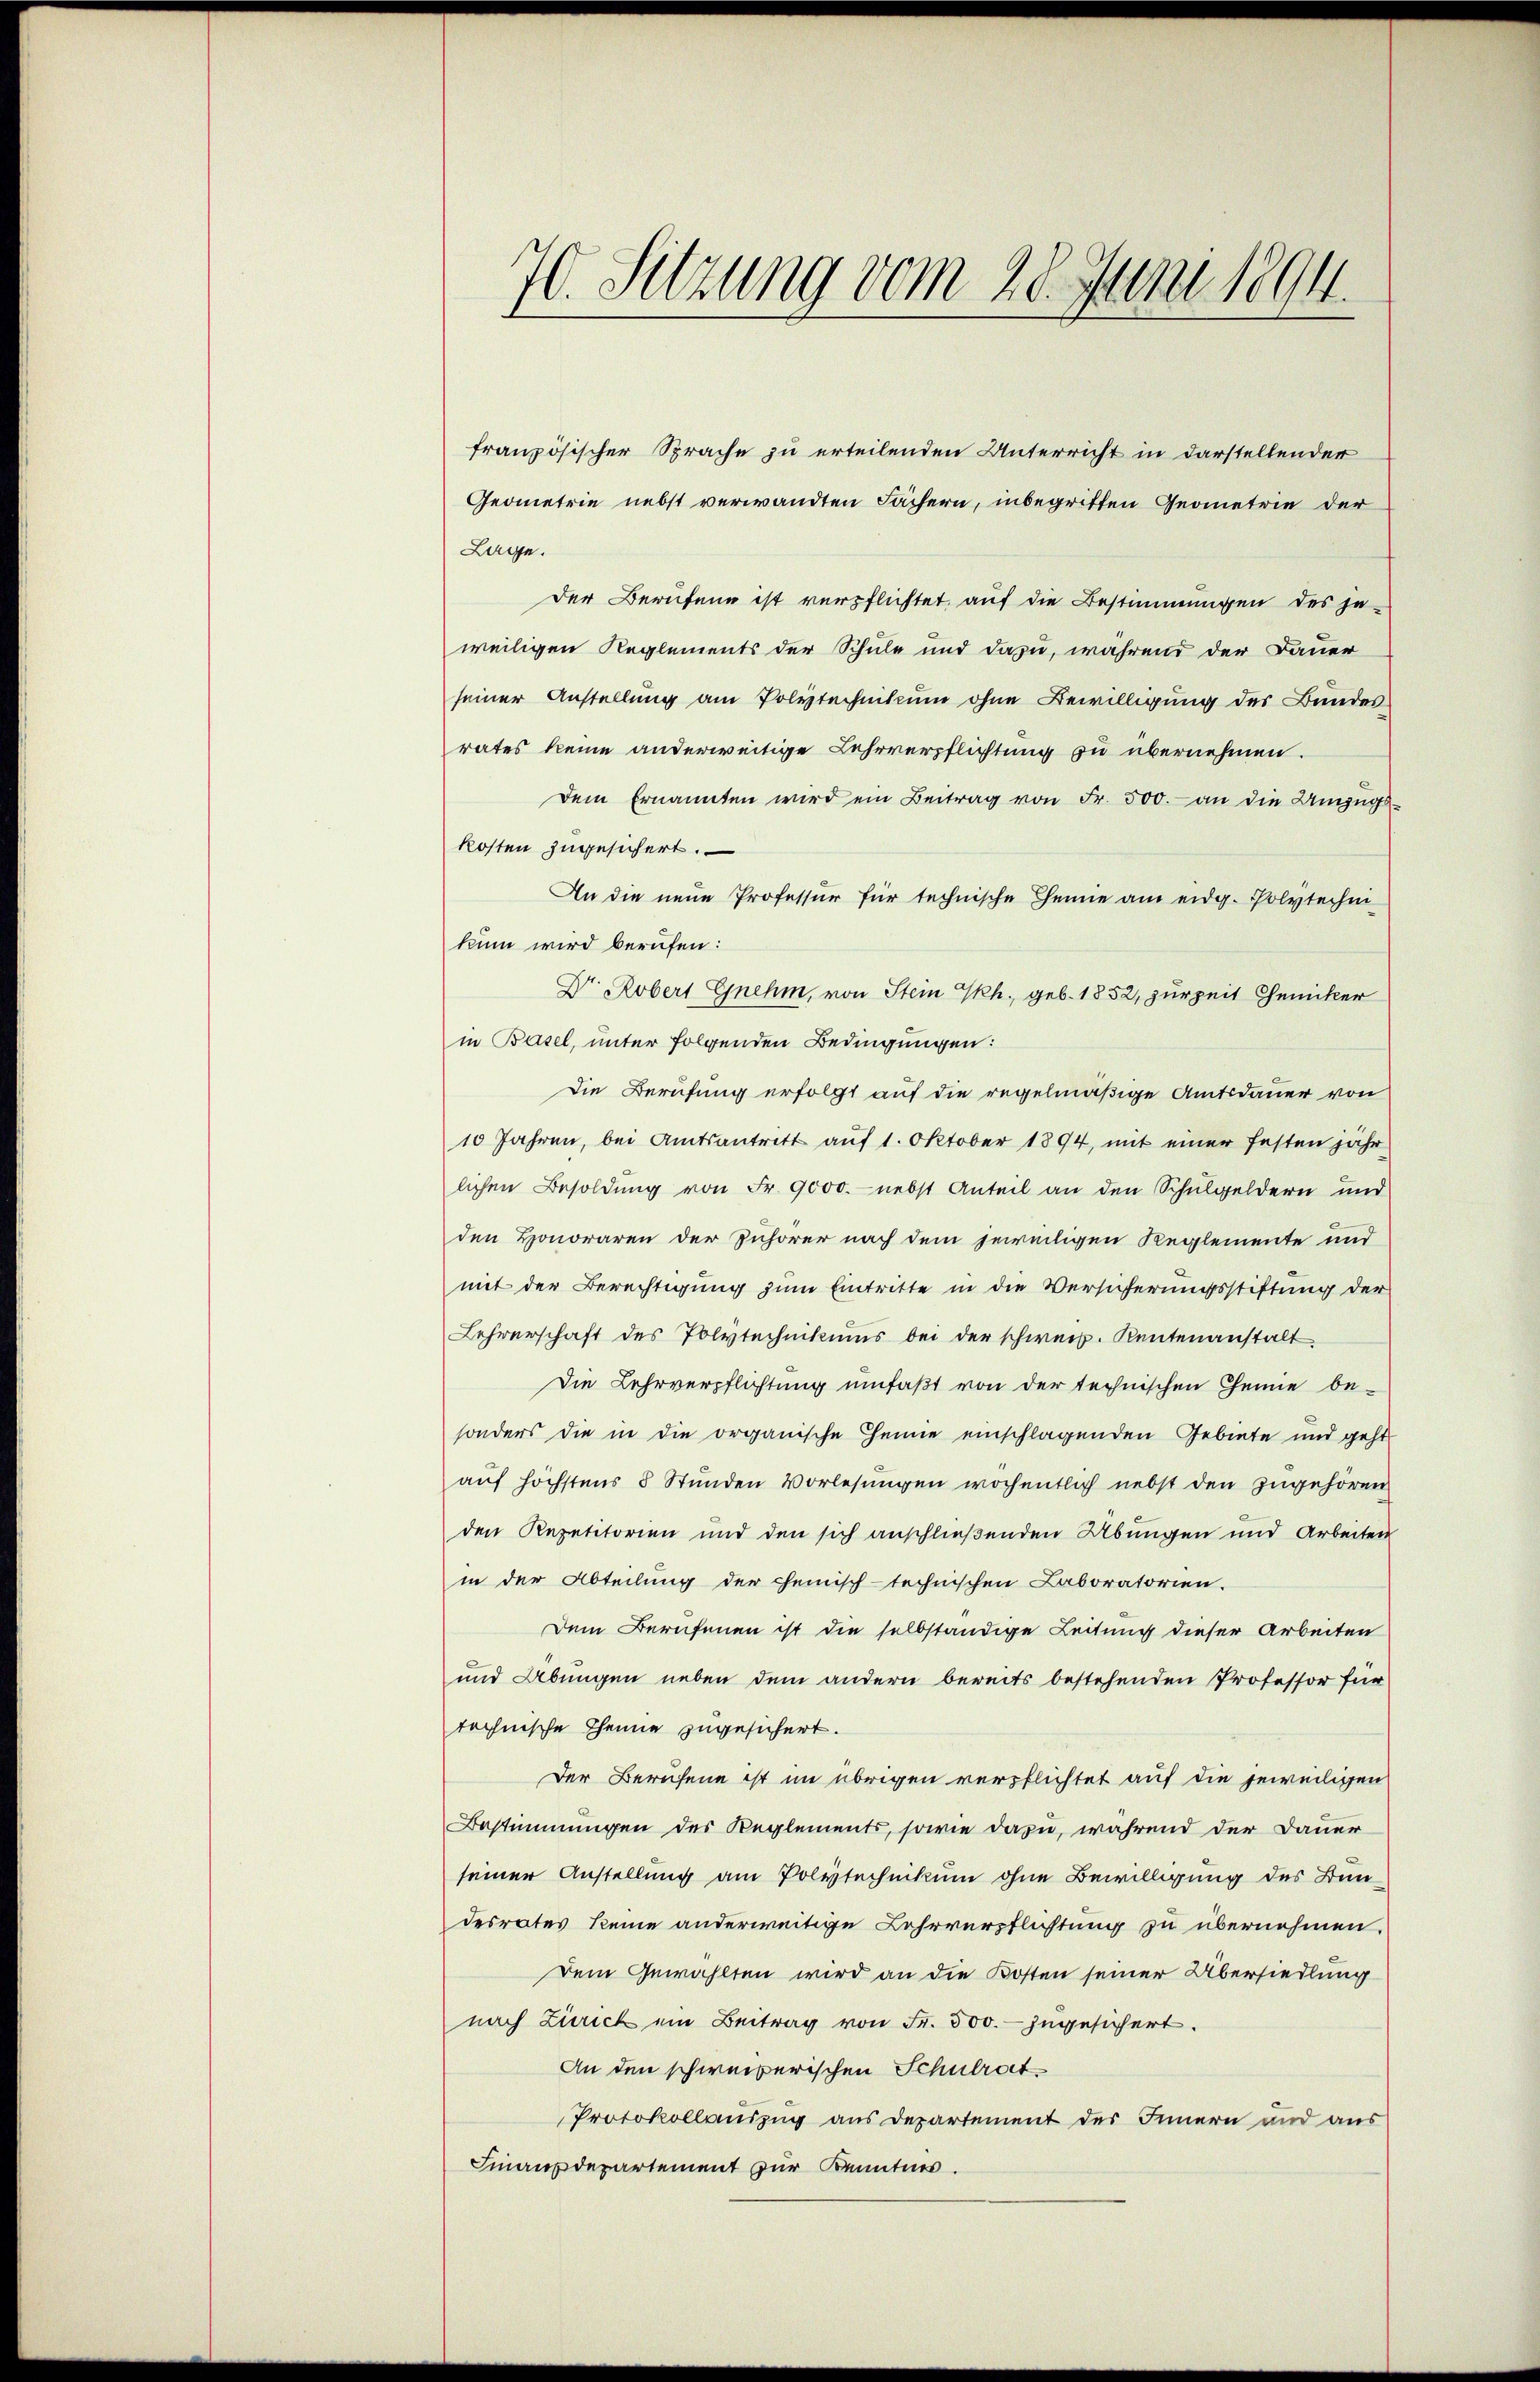
70. Sitzung vom 28. Juni 1894.

französischer Sprache zu erteilenden Unterricht in darstellender
Geometrie nebst verwandten Fächern, inbegriffen Geometrie der
Lage.
Der Berufene ist verpflichtet, auf die Bestimmungen des jeweiligen Reglements der Schule und dazu, während der Dauer
seiner Anstellung am Polytechnikum ohne Bewilligung des Bundes
rates keine anderweitige Lehrverpflichtung zu übernehmen.
Dem Ernannten wird ein Beitrag von Fr. 500. an die Umzugs-
kosten zugesichert.
An die neue Professur für technische Gemie am eidg. Polytechni
kum wird berufen:
Dr. Robert Gnehm, von Stein Ph., geb. 1852, zur Zeit Chenicker
in Basel, unter folgenden Bedingungen:
Die Berufung erfolgt auf die regelmäßige Amtsdauer von
10 Jahren, bei Amtsantritt auf 1. Oktober 1894, mit einer festen jähr
lichen Besoldung von Fr. 9000. nebst Anteil an den Schulgeldern und
den Honoraren der Zuhörer nach dem jeweiligen Reglemente und
mit der Berechtigung zum Eintritte in die Versicherungsstiftung der
Lehrerschaft des Polytechnikums bei der schweiz. Rentenanstalt
Die Lehrverpflichtung umfaßt von der technischen Chemie be-
sonders die in die organische Hemie einschlagenden Gebiete und geht
aŭf höchstens 8 Stŭnden Vorlesungen wochentlich nebst den zugehören
den Repetitorien und den sich anschließenden Übungen und Arbeiten
in der Abteilung der chemisch-technischen Laboratorien.
Dem Berufenen ist die selbständige Leitung dieser Arbeiten
und Übungen neben dem andern bereits bestehenden Professor für
technische Themie zugesichert.
Der Berufene ist im übrigen verpflichtet auf die jeweiligen
Bestimmungen des Reglements, sowie dazu, während der Dauer
seiner Anstellung am Polytechnikum ohne Bewilligung des Bundesrates keine anderweitige Lehrverpflichtung zu übernehmen.
Dem Gewählten wird an die Kosten seiner Übersiedlung
nach Zürich ein Beitrag von Fr. 500.- zugesichert.
An den schweizerischen Schulrat
Protokollauszug aus Departement des Innern und aus
Finanzdepartement zur Kenntnis.